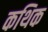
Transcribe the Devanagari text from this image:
कथिक